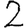
Digit: 2